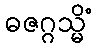
ဓဇဂ္ဂသ္မိံ